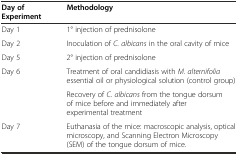
| Day of Experiment | Methodology |
 | --- | --- |
 | Day 1 | 1° injection of prednisolone |
 | Day 2 | Inoculation of C. albicans in the oral cavity of mice |
 | Day 5 | 2° injection of prednisolone |
 | <ROWSPAN=2> Day 6 | Treatment of oral candidiasis with M. alternifolia essential oil or physiological solution (control group) |
 | Recovery of C. albicans from the tongue dorsum of mice before and immediately after experimental treatment |
 | Day 7 | Euthanasia of the mice: macroscopic analysis, optical microscopy, and Scanning Electron Microscopy (SEM) of the tongue dorsum of mice. |